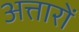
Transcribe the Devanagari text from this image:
अत्तारों